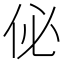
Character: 佖